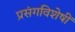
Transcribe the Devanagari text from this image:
प्रसंगविशेषीं